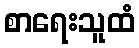
စာရေးသူထံ